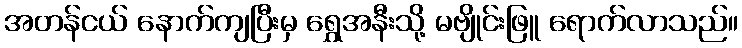
အတန်ငယ် နောက်ကျပြီးမှ ရွှေအနီးသို့ မဗျိုင်းဖြူ ရောက်လာသည်။